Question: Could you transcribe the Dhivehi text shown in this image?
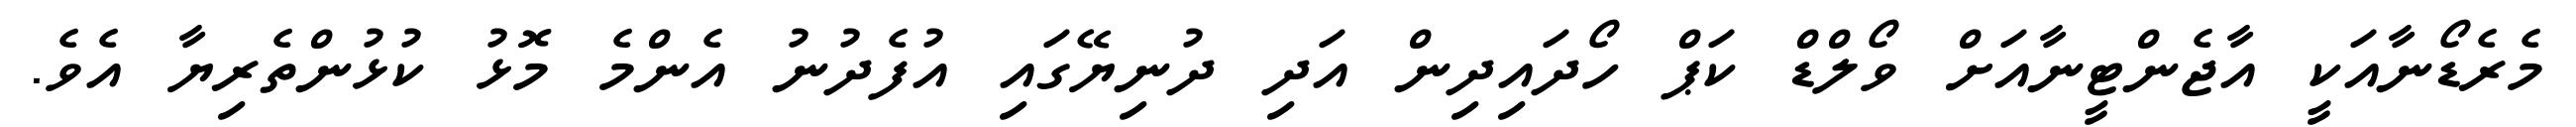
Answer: މެރެޑޯނާއަކީ އާޖެންޓީނާއަށް ވޯލްޑް ކަޕް ހޯދައިދިން އަދި ދުނިޔޭގައި އުފެދުނު އެންމެ މޮޅު ކުޅުންތެރިޔާ އެވެ.